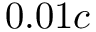
0 . 0 1 c